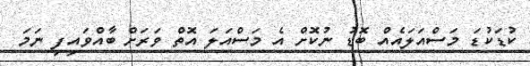
ކުޑަކުޑަ މަސްއަލައެއް ބޮޑު ނުކޮށް އެ މަސްއަލަ އޮތް ވަރަށް ބާއްވައިފި ނަމަ